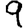
Digit: 9